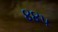
૪૪૫